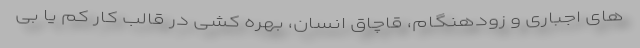
های اجباری و زودهنگام، قاچاق انسان، بهره کشی در قالب کار کم یا بی